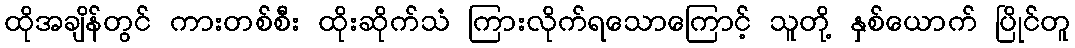
ထိုအချိန်တွင် ကားတစ်စီး ထိုးဆိုက်သံ ကြားလိုက်ရသောကြောင့် သူတို့ နှစ်ယောက် ပြိုင်တူ